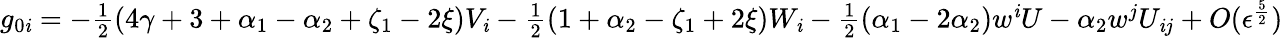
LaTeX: g_{0\mathit{i}}=-\textstyle{\frac{{1}}{{2}}}(4\gamma+3+\alpha_{1}-\alpha_{2}+\zeta_{1}-2\xi)V_{\mathit{i}}-\textstyle{\frac{{1}}{{2}}}(1+\alpha_{2}-\zeta_{1}+2\xi)W_{\mathit{i}}-\textstyle{\frac{{1}}{{2}}}(\alpha_{1}-2\alpha_{2})w^{\mathit{i}}U-\alpha_{2}w^{j}U_{\mathit{i}j}+O(\epsilon^{\frac{{5}}{{2}}})